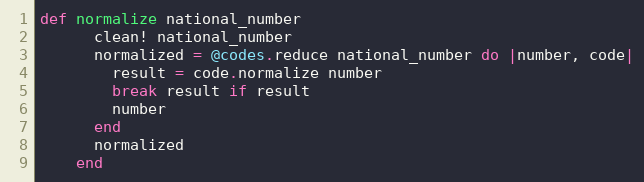
Language: Ruby
def normalize national_number
      clean! national_number
      normalized = @codes.reduce national_number do |number, code|
        result = code.normalize number
        break result if result
        number
      end
      normalized
    end